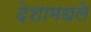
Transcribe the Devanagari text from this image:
देशामधले